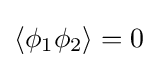
\langle \phi _{1}\phi _{2}\rangle =0